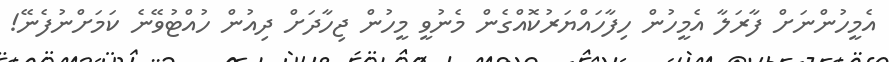
އެމީހުންނަށް ފާރަލާ އެމީހުން ހިފާހައްޔަރުކޮއްގެން މެނުވީ މީހުން ޖިހާދަށް ދިއުން ހުއްޓުވޭނެ ކަމަށްނުފެނޭ!